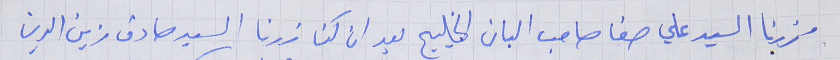
زرنا السيد علي صفا صاحب البان الخليج بعد ان كنا زرنا السيد صادق زين الدين